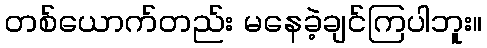
တစ်ယောက်တည်း မနေခဲ့ချင်ကြပါဘူး။